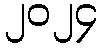
၂၀၂၄